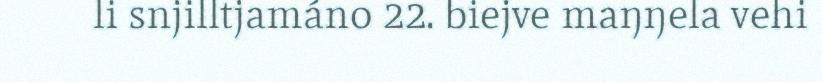
li snjilltjamáno 22. biejve maŋŋela vehi